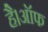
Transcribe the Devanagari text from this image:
है।ऑफ